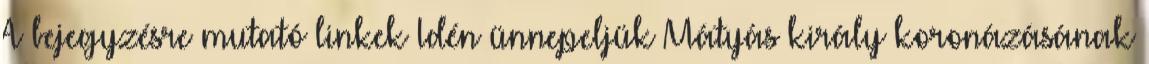
A bejegyzésre mutató linkek Idén ünnepeljük Mátyás király koronázásának